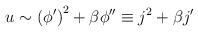
LaTeX: \begin{align*}u \sim \left( \phi' \right)^2 + \beta\phi'' \equiv j^2 + \beta j'\end{align*}